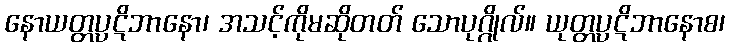
နောယတ္တပ္ပဋိဘာနော၊ အသင့်ကိုမဆိုတတ် သောပုဂ္ဂိုလ်။ ယုတ္တပ္ပဋိဘာနောစ၊